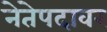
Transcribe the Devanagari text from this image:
नेतेपदावर